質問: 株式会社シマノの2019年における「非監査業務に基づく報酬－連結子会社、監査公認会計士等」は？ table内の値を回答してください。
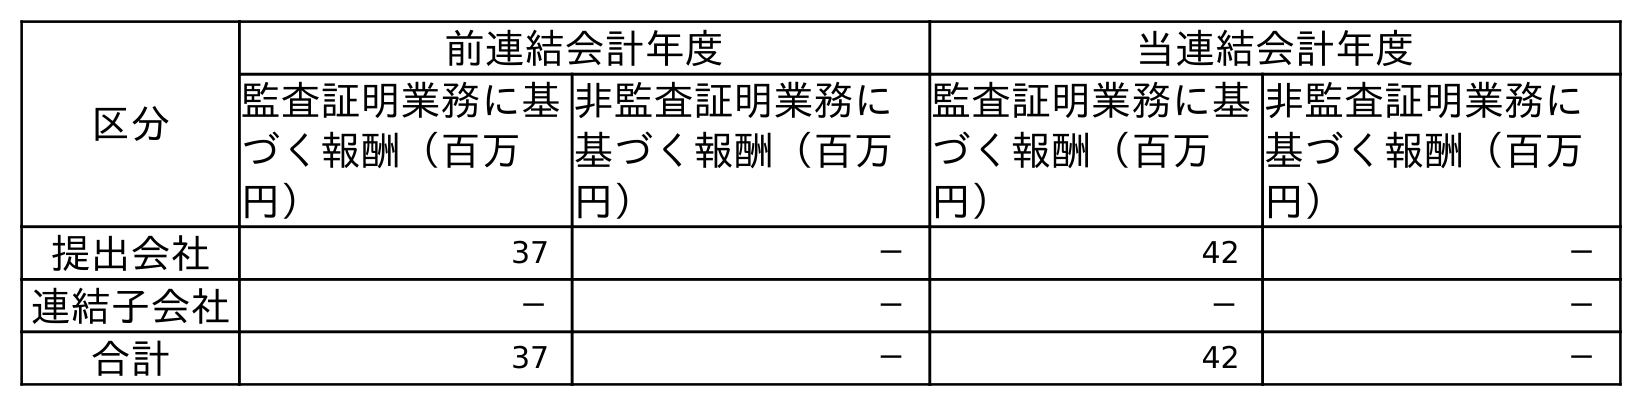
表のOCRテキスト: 区分 前連結会計年度 当連結会計年度 監査証明業務に基 づく報酬（百万 円） 非監査証明業務に 基づく報酬（百万 円） 監査証明業務に基 づく報酬（百万 円） 非監査証明業務に 基づく報酬（百万 円） 提出会社 37 － 42 － 連結子会社 － － － － 合計 37 － 42 －
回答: －